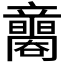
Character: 𥫐